Mustjala_vallavalitsus, lk 16
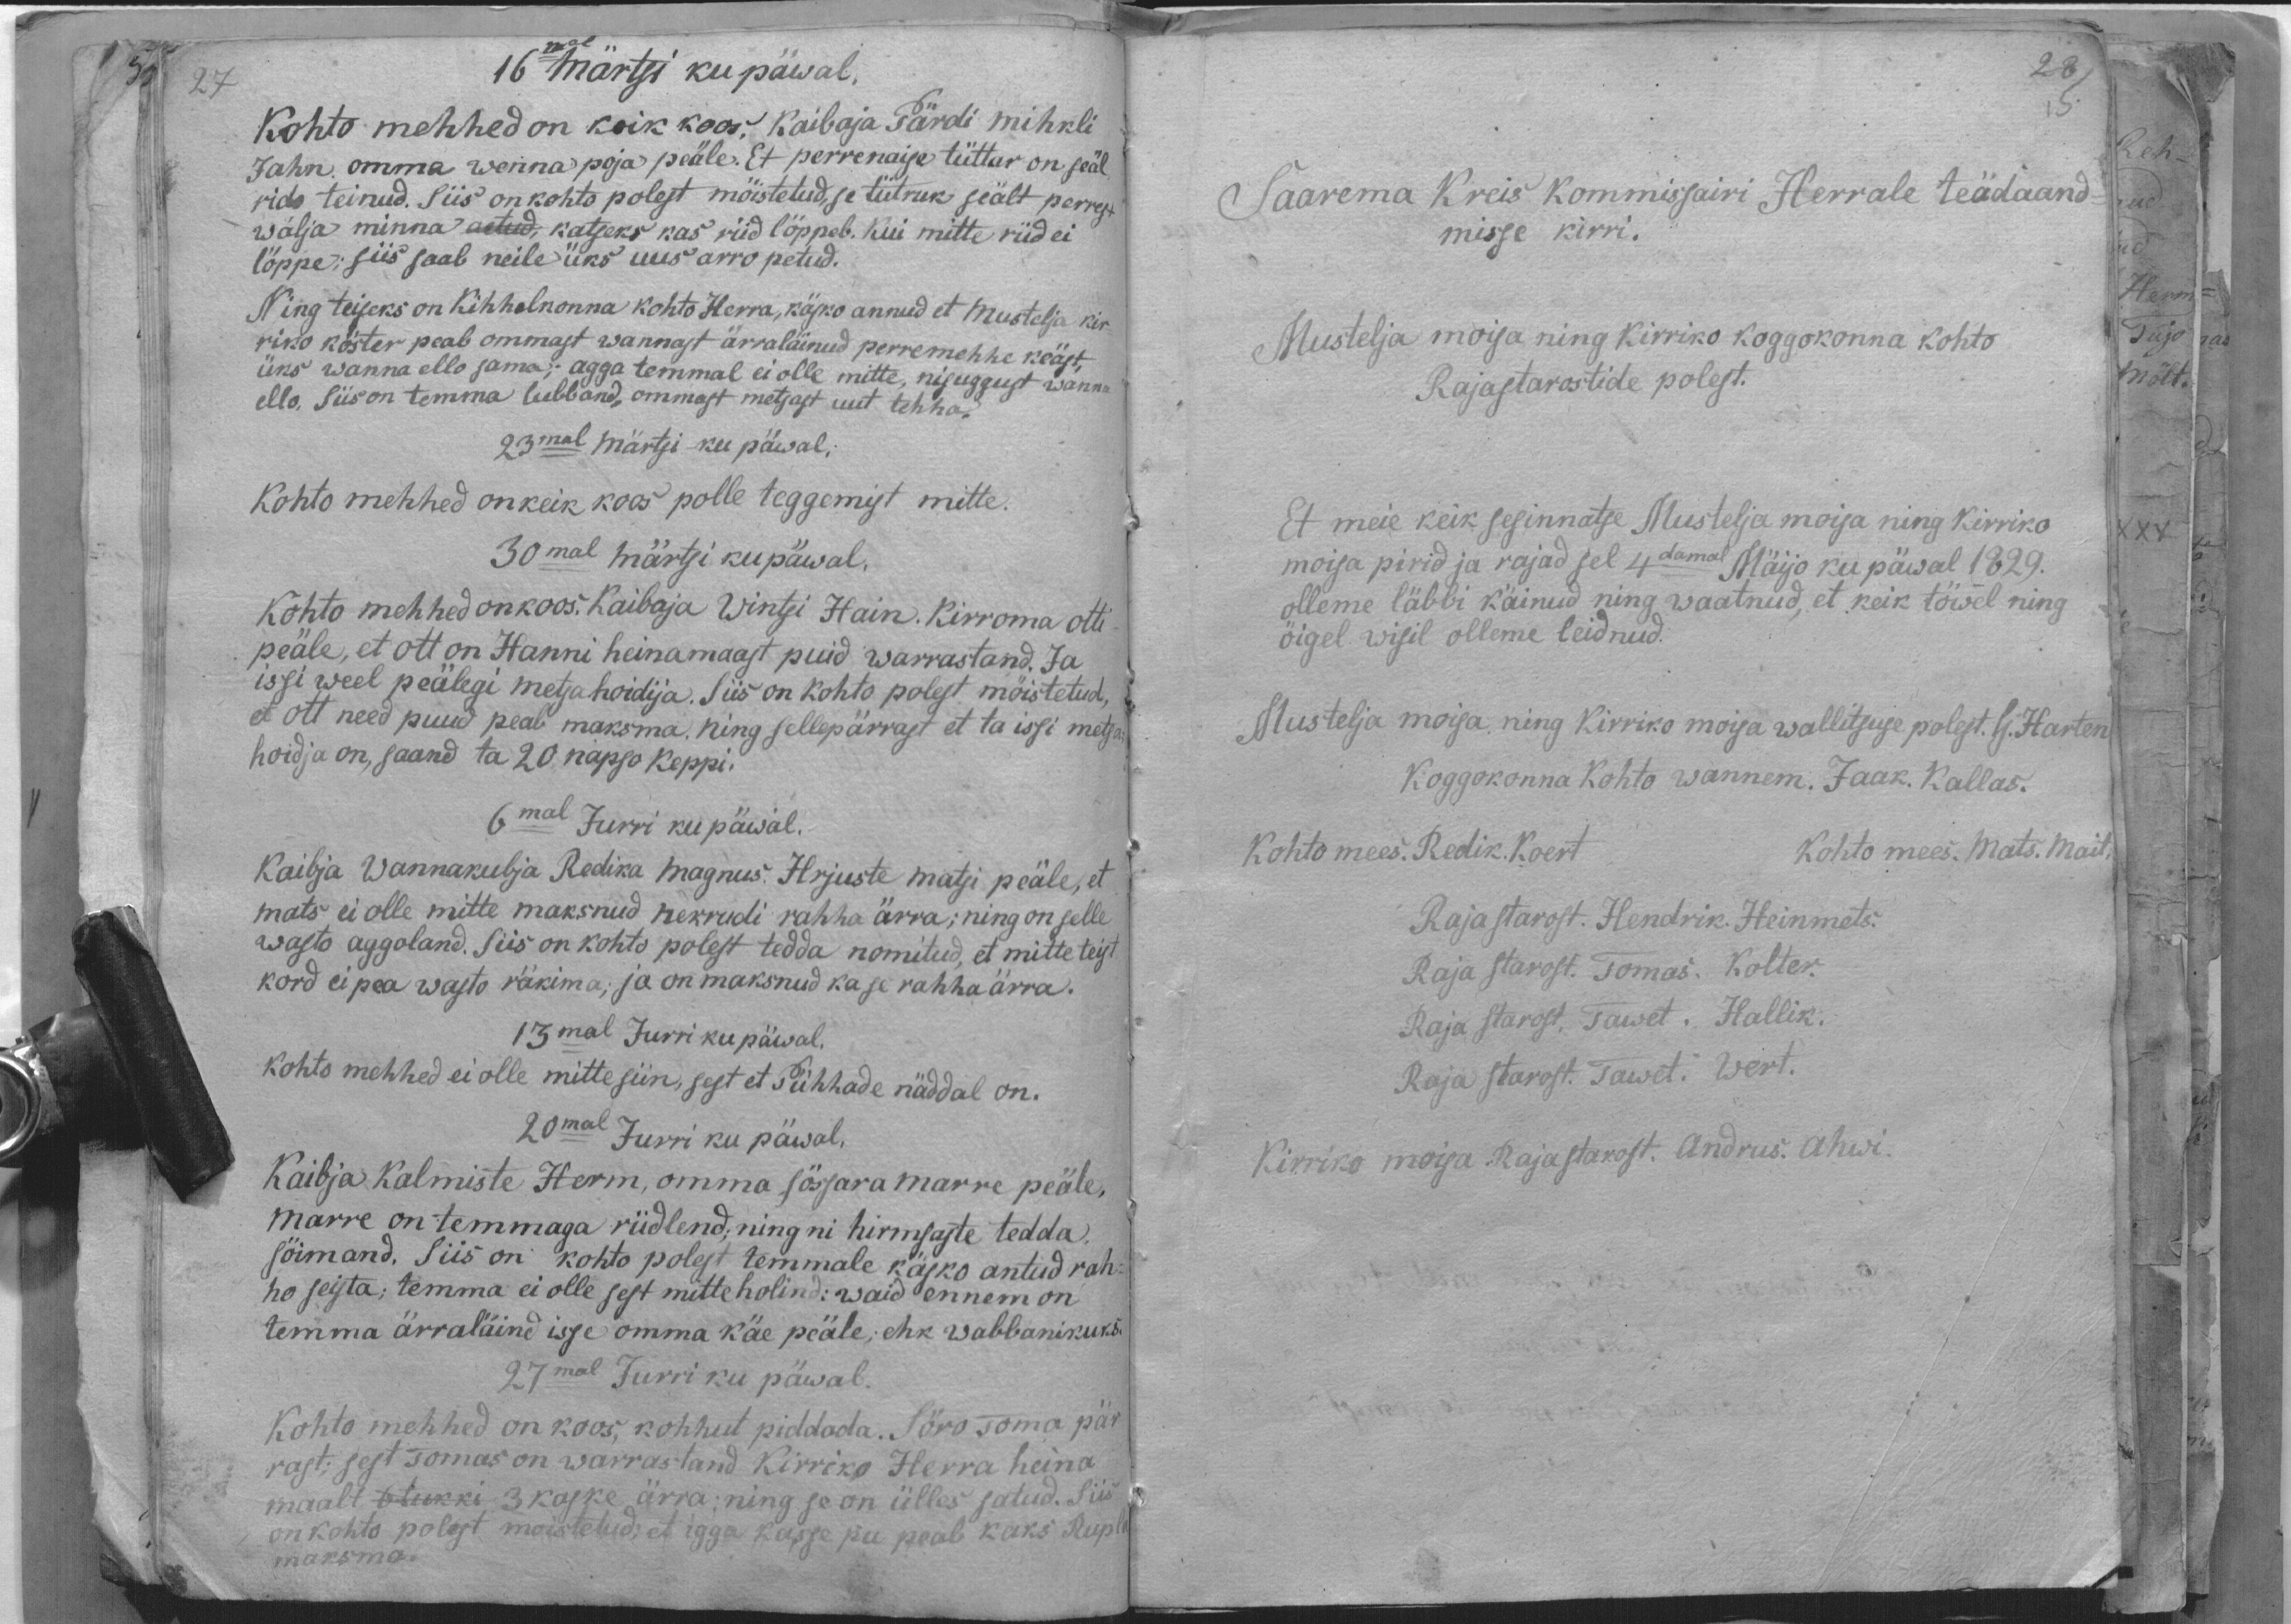
16mal märtsi ku päwal,
Kohto mehhed on kõik koos, Kaibaja Pärdi mihkli
Jahn, omma wenna poja peäle. Et perrenaise tüttar on seäl
rido teinud. Siis on kohto polest mõistetud, se tütruk seält perrest
wälja minna aetud, katseks kas riid lõppeb. Kui mitte riid ei
lõppe, siis saab neile üks uus arro petud.
Ning teiseks on Kihhelnonna kohto Herra, käsko annud et Mustelja kir-
riko köster peab ommast wannast ärraläinud perremehhe keäst,
üks wanna ello sama; agga temmal ei olle mitte, nisuggust wanna.
ello, Siis on temma lubband, ommast metsast uut tehha-
23mal Märtsi ku päwal;
Kohto mehhed on keik koos polle teggemist mitte.
30mal märtsi ku päwal.
Kohto mehhed on koos. Kaibaja Wintsi Hain. Kirroma otti
peäle, et Ott on Hanni heinamaast puid warrastand. Ja
issi weel peälegi metsahoidija. Siis on kohto polest mõistetud,
et ott need puud peab maksma, ning sellepärrast et ta issi metsa
hoidja on, saand ta 20 napso keppi.
6mal Jurri ku päwal.
Kaibja Vannakubja Redika Magnus. Hrjuste matsu peäle, et
mats ei olle mitte maksnud nekrudi rahha ärra; ning on selle
wasto aggoland. Siis on kohto polest tedda nomitud, et mitte teist
kord ei pea wasto räkima; ja on maksnud ka se rahha ärra.
13mal Jurri ku päwal.
Kohto mehhed ei olle mitte siin, sest et Pühhade näddal on.
20mal Jurri ku päwal,
Kaibja Kalmiste Herm, omma sõsara marre peäle,
Marre on temmaga riidlend, ning ni hirmsaste tedda
sõimand. Siis on kohto polest temmale käsko antud rah-
ho seista; temma ei olle sest mitte holind: waid ennem on
temma ärraläind isse omma käe peäle; ehk wabbanikuks.
27mal Jurri ku päwal.
Kohto mehhed on koos, kohhut piddada. Söro Toma pär-
rast: sest Tomas on warrastand Kirriko Herra heina-
maalt 3 kaske ärra ning se on ülles satud. Siis
on kohto polest moistetud, et igga kasse pu peab kaks Rupla
maksma.

Saarema Kreis Kommissairi Herrale teädaand
misse kirri.
Mustelja moija ning Kirriko koggokonna kohto
Rajastarostide polest.
Et meie keik seginnatse Mustelja moisa ning kirriko
moisa pirid ja rajad sel 4damal Mäijo ku päwal 1829.
olleme läbbi käinud ning waatnud, et keik töwel ning
õigel wisil olleme leidnud.
Mustelja moija ning Kirriko moija wallitsuse polest. G. Harten
Koggokonna Kohto wannem. Jaak. Kallas.
Kohto mees. Redik. Koert.
Kohto mees. Mats. Mait
Raja starost. Hendrik. Heinmets.
Raja starost. Tomas. Kolter.
Raja starost, Tawet, Hallik.
Raja starost. Tawet. Wert.
Kirriko moisa Rajastarost. Andrus. Ahwi.